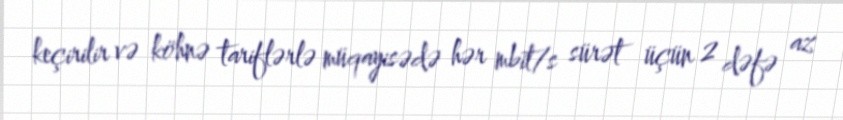
keçirilir və köhnə tariflərlə müqayisədə hər mbit/s sürət üçün 2 dəfə az